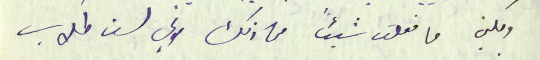
ولكني ما فعلت شيئاً من ذلك لاني لست طلاب